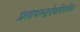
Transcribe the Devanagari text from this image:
प्रतापरूद्रदेवविरचित